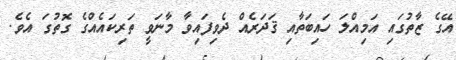
އޭގެ ޒާތުގައި އަމިއްލަ ހައިބަތާއި ޤަދަރެއް ދެވިފައިވާ މާނަވީ ތަރިކައެއްގެ ގޮތުގަ އެވެ.